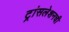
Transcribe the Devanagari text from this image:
ट्रांसलेशनची